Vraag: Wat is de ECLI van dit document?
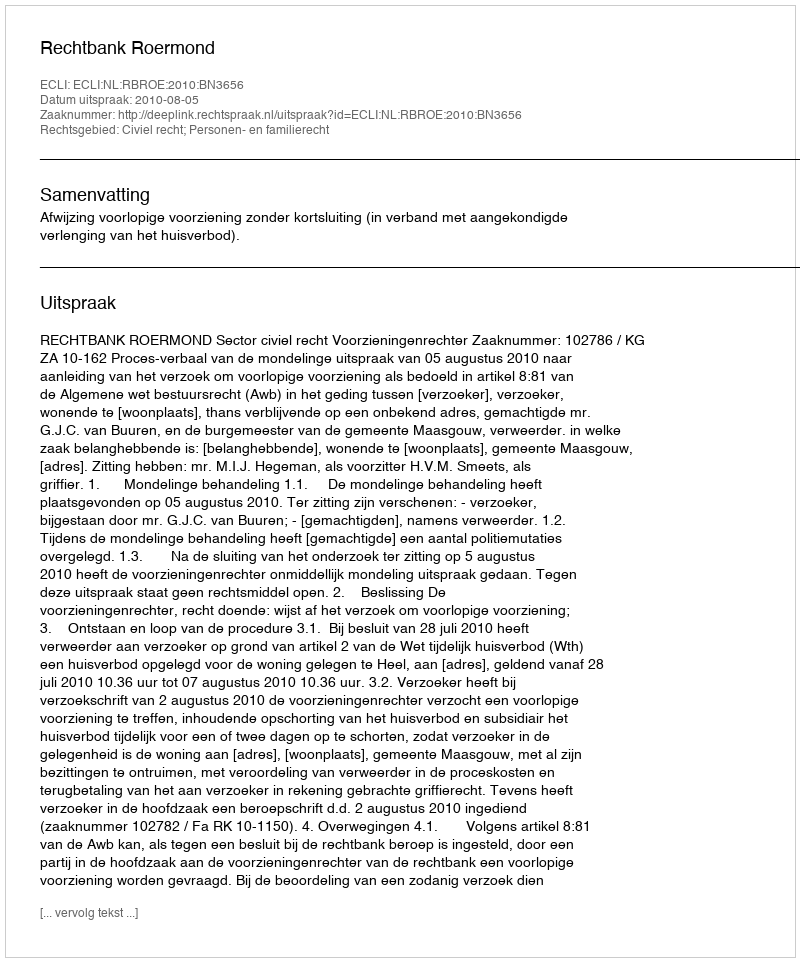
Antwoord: ECLI:NL:RBROE:2010:BN3656